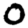
Digit: 0